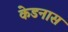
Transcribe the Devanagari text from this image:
केडनास